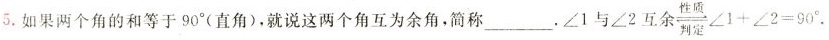
5.如果两个角的和等于90°(直角)，就说这两个角互为余角，简称 ___ ，∠1与∠2互余 $$ \frac{}{}\angle 1 + \angle 2 = 90^{\circ}. $$